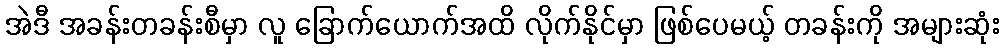
အဲဒီ အခန်းတခန်းစီမှာ လူ ခြောက်ယောက်အထိ လိုက်နိုင်မှာ ဖြစ်ပေမယ့် တခန်းကို အများဆုံး